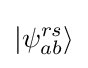
\left|\psi _{ab}^{rs}\right\rangle